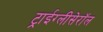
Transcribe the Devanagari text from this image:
ट्राईग्लीसेरॉल